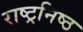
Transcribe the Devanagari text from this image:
राष्ट्रनिष्ठ